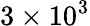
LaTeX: \mathrm{3\times 10^{3}}